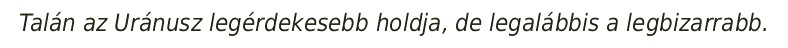
Talán az Uránusz legérdekesebb holdja, de legalábbis a legbizarrabb.